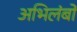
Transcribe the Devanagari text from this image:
अभिलंबों